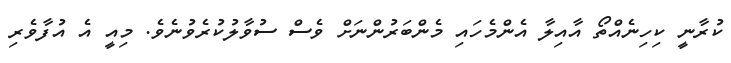
ކުރާނީ ކިހިނެއްތޯ އާއިލާ އެންމެހައި މެންބަރުންނަށް ވެސް ސުވާލުކުރެވުނެވެ. މިއީ އެ އުފާވެރި